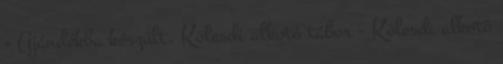
- Ajándékba készült. Kölesdi alkotó tábor - Kölesdi alkotó